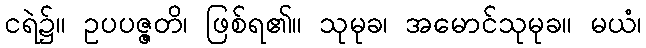
ငရဲ၌။ ဥပပဇ္ဇတိ၊ ဖြစ်ရ၏။ သုမုခ၊ အမောင်သုမုခ။ မယံ၊